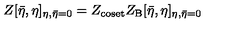
Z [ { \bar { \eta } } , \eta ] _ { \eta , \bar { \eta } = 0 } = Z _ { \mathrm { c o s e t } } Z _ { \mathrm { B } } [ { \bar { \eta } } , \eta ] _ { \eta , \bar { \eta } = 0 }